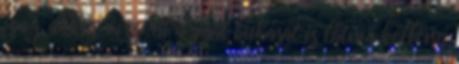
igaz, akkor viszont a saját bukását is látnia kellene.